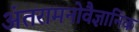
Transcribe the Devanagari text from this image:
अंतरामनोवैज्ञानिक